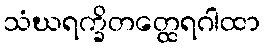
သံဃရက္ခိတတ္ထေရဂါထာ